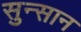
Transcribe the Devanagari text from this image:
सुन्सान